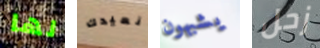
لها نعيدك يشبهون زحل